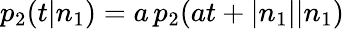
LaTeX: p_{2}(t|n_{1})=a\, p_{2}(at+|n_{1}||n_{1})